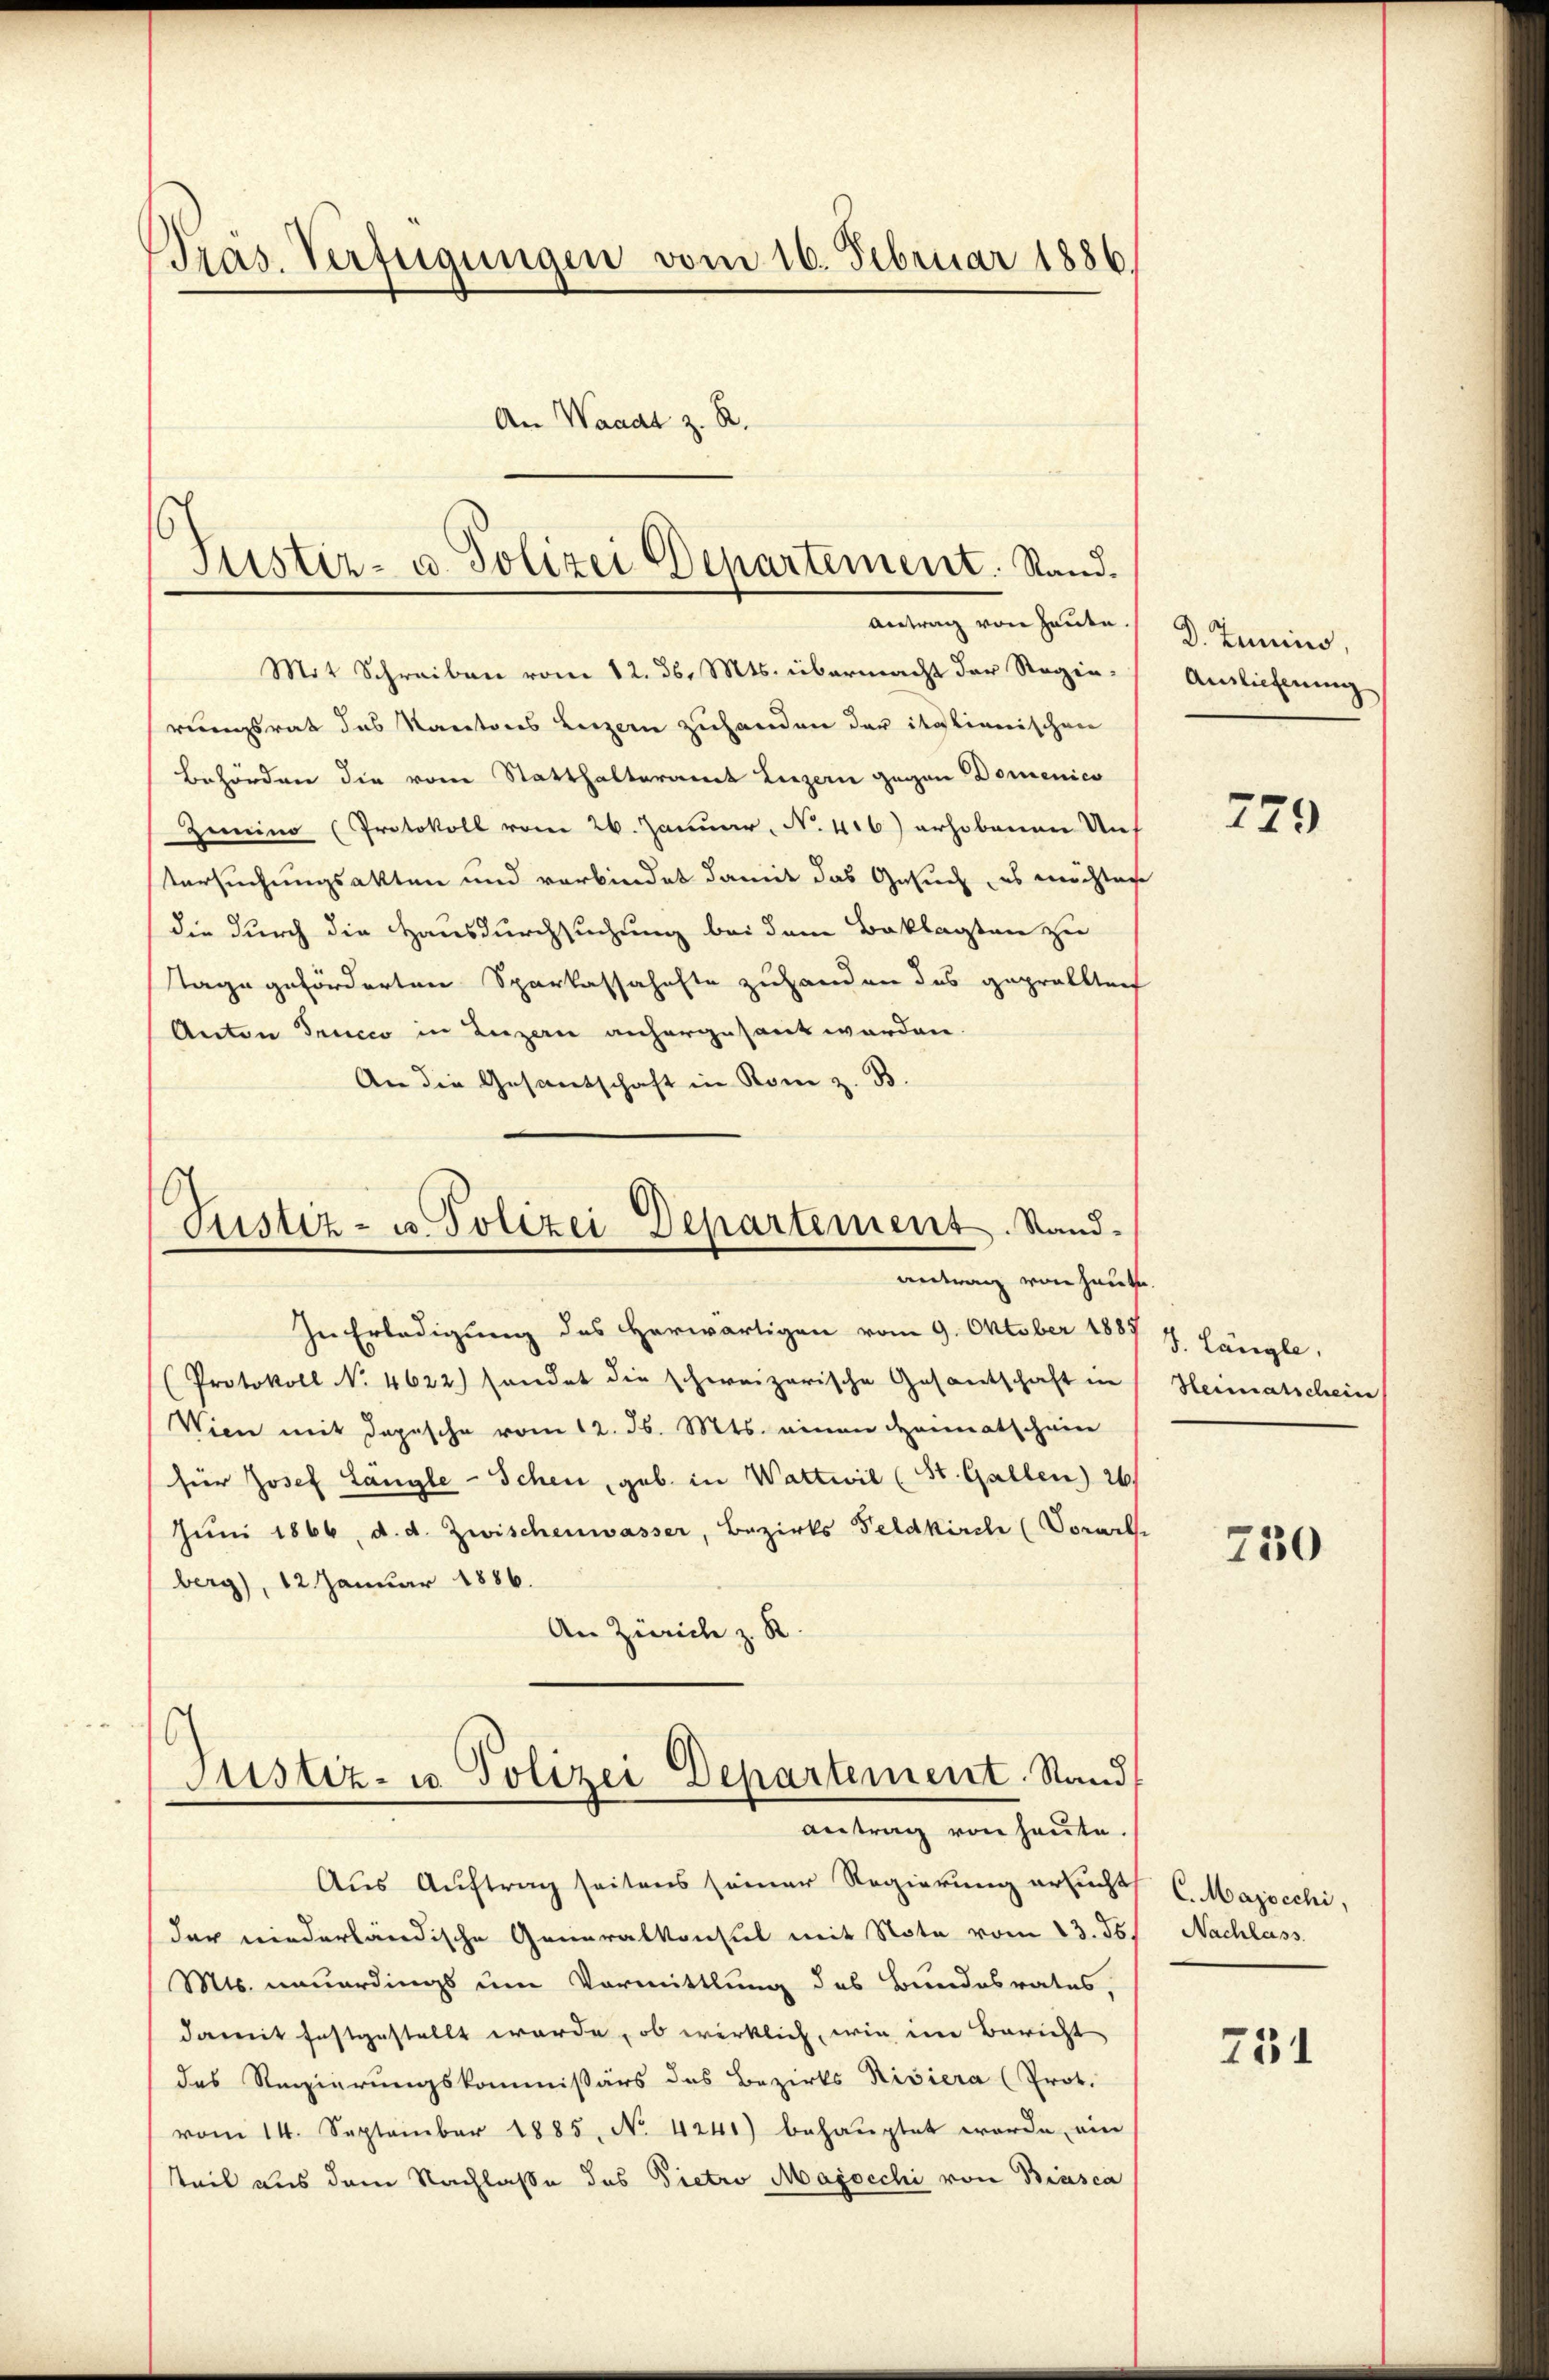
Pras. Verfügungen vom 16. Februar 1886.
An Waadt z. B.

Mit Schreiben vom 12. d. Mts. übermacht der Regierungsrat des Kantons Luzern zuhanden der italianischen
Behörden die vom Statthalteramt Luzern gegen Domenico
Zimino (Protokoll vom 26. Januar, No. 416) erhobenen Auf
tersuchungsakten und verbindet damit das Gesuch, es möchten
die durch die Hausdurchsuchung bei dem Beklagten zu
tage geförderten Sparkassahafte zuhanden das geprollten
Anton Teucco in Luzern anhergesant werden.
An die Gesandschaft in Rom z. B.

Justiz- u. Polizei Departement. Stand.
Antrag von Heute.

Justiz- u. Polizei Departement. Stand-
antrag von heute.

In Erledigung des Herwärtigen vom 9. Oktober 1885
(Protokoll No 4622) sondet die schweizerische Gesantschaft in
Wien mit Depesche vom 12. d. Mts. einen Heimatschein
für Josef Längle-Schen, geb. in Wattwil (St. Gallen 26/
Juni 1866, d. d. Zwischenwasser, Bezirks Feldkirche (Vorarbe
berg), 12 Januar 1886.
An Zürich z. R.
6
Justiz- u. Polizei Departement. Standt
Antrag von heute.
Aus Auftrag seitens seiner Regierung ersucht
der niederländische Generalkonsul mit Note vom 13. ds.
Mts. neuerdings um Vormittlung des Bundesrates,
damit festgestellt werde, ob wirklich, wie im Bericht
des Regierungskommissärs das Bezirks Riviera (Prot.
vom 14. September 1885, No. 4241) behauptet werde, ein
teil aus dem Nachlaße des Pietro Majocchi von Biasca

D. Junius,
Auslieferung

779

J. längle,
Heimatschein

730

C. Majocchi,
Nachlass

751